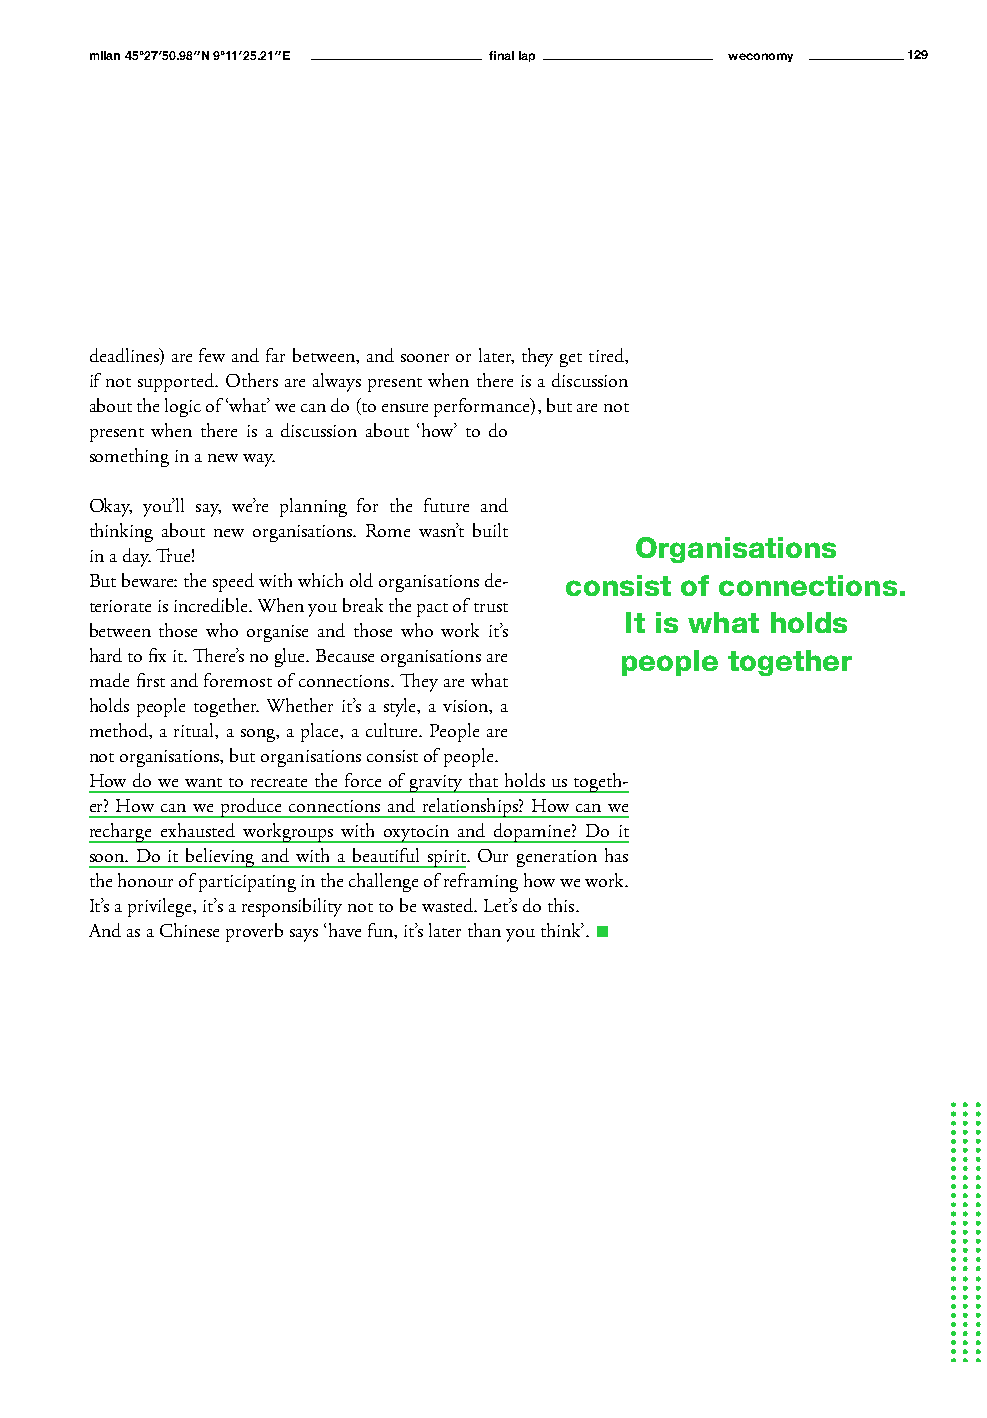
milan 45°27′50.98″N 9°11′25.21″E final lap weconomy   129
 deadlines) are few and far between, and sooner or later, they get tired,
 if not supported. Others are always present when there is a discussion
 about the logic of ‘what’ we can do (to ensure performance), but are not
 present when there is a discussion about ‘how’ to do
 something in a new way.
 Okay, you’ll say, we’re planning for the future and
 thinking about new organisations. Rome wasn’t built
 Organisations
 in a day. True!
 But beware: the speed with which old organisations de- consist of connections.
 teriorate is incredible. When you break the pact of trust
 It is what holds
 between those who organise and those who work it’s
 hard to fix it. There’s no glue. Because organisations are people together
 made first and foremost of connections. They are what
 holds people together. Whether it’s a style, a vision, a
 method, a ritual, a song, a place, a culture. People are
 not organisations, but organisations consist of people.
 How do we want to recreate the force of gravity that holds us togeth-
 er? How can we produce connections and relationships? How can we
 recharge exhausted workgroups with oxytocin and dopamine? Do it
 soon. Do it believing and with a beautiful spirit. Our generation has
 the honour of participating in the challenge of reframing how we work.
 It’s a privilege, it’s a responsibility not to be wasted. Let’s do this.
 And as a Chinese proverb says ‘have fun, it’s later than you think’. n